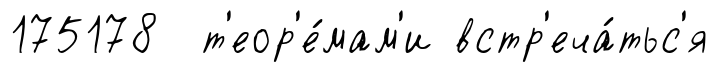
175178 т'еор'е́мам'и встр'еча́тьс'я